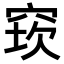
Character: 𥦔